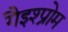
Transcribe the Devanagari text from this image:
गैइश्प्रोम